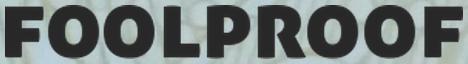
FOOLPROOF